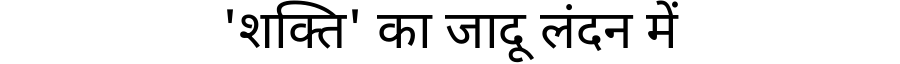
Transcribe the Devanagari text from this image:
'शक्ति' का जादू लंदन में